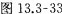
图13.3-33